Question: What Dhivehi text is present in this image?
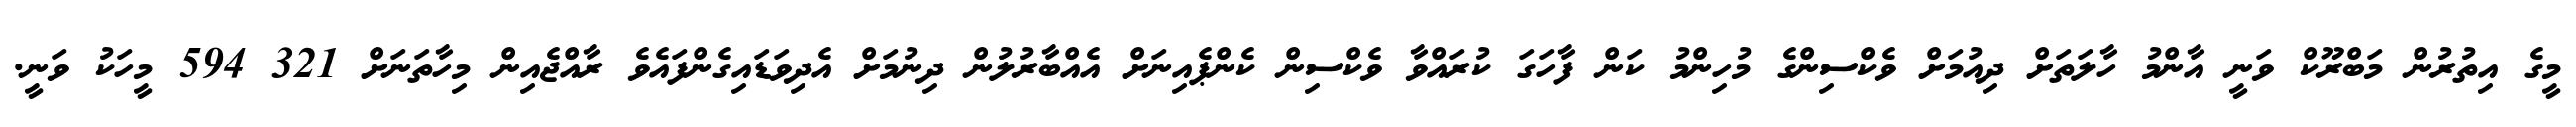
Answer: މީގެ އިތުރުން މަބްރޫކް ވަނީ އާންމު ހާލަތަށް ދިއުމަށް ވެކްސިންގެ މުހިންމު ކަން ފާހަގަ ކުރައްވާ ވެކްސިން ކެންޕެއިނަށް އެއްބާރުލުން ދިނުމަށް އެދިވަޑައިގެންފައެވެ ރާއްޖެއިން މިހާތަނަށް 321 594 މީހަކު ވަނީ.